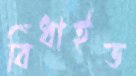
বিঁধাইত